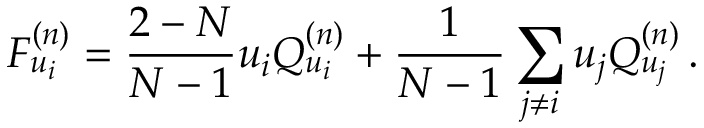
F _ { u _ { i } } ^ { ( n ) } = \frac { 2 - N } { N - 1 } u _ { i } Q _ { u _ { i } } ^ { ( n ) } + \frac { 1 } { N - 1 } \sum _ { j \neq i } u _ { j } Q _ { u _ { j } } ^ { ( n ) } \, .